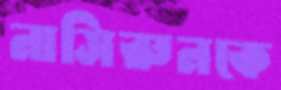
নাসিরুনকে